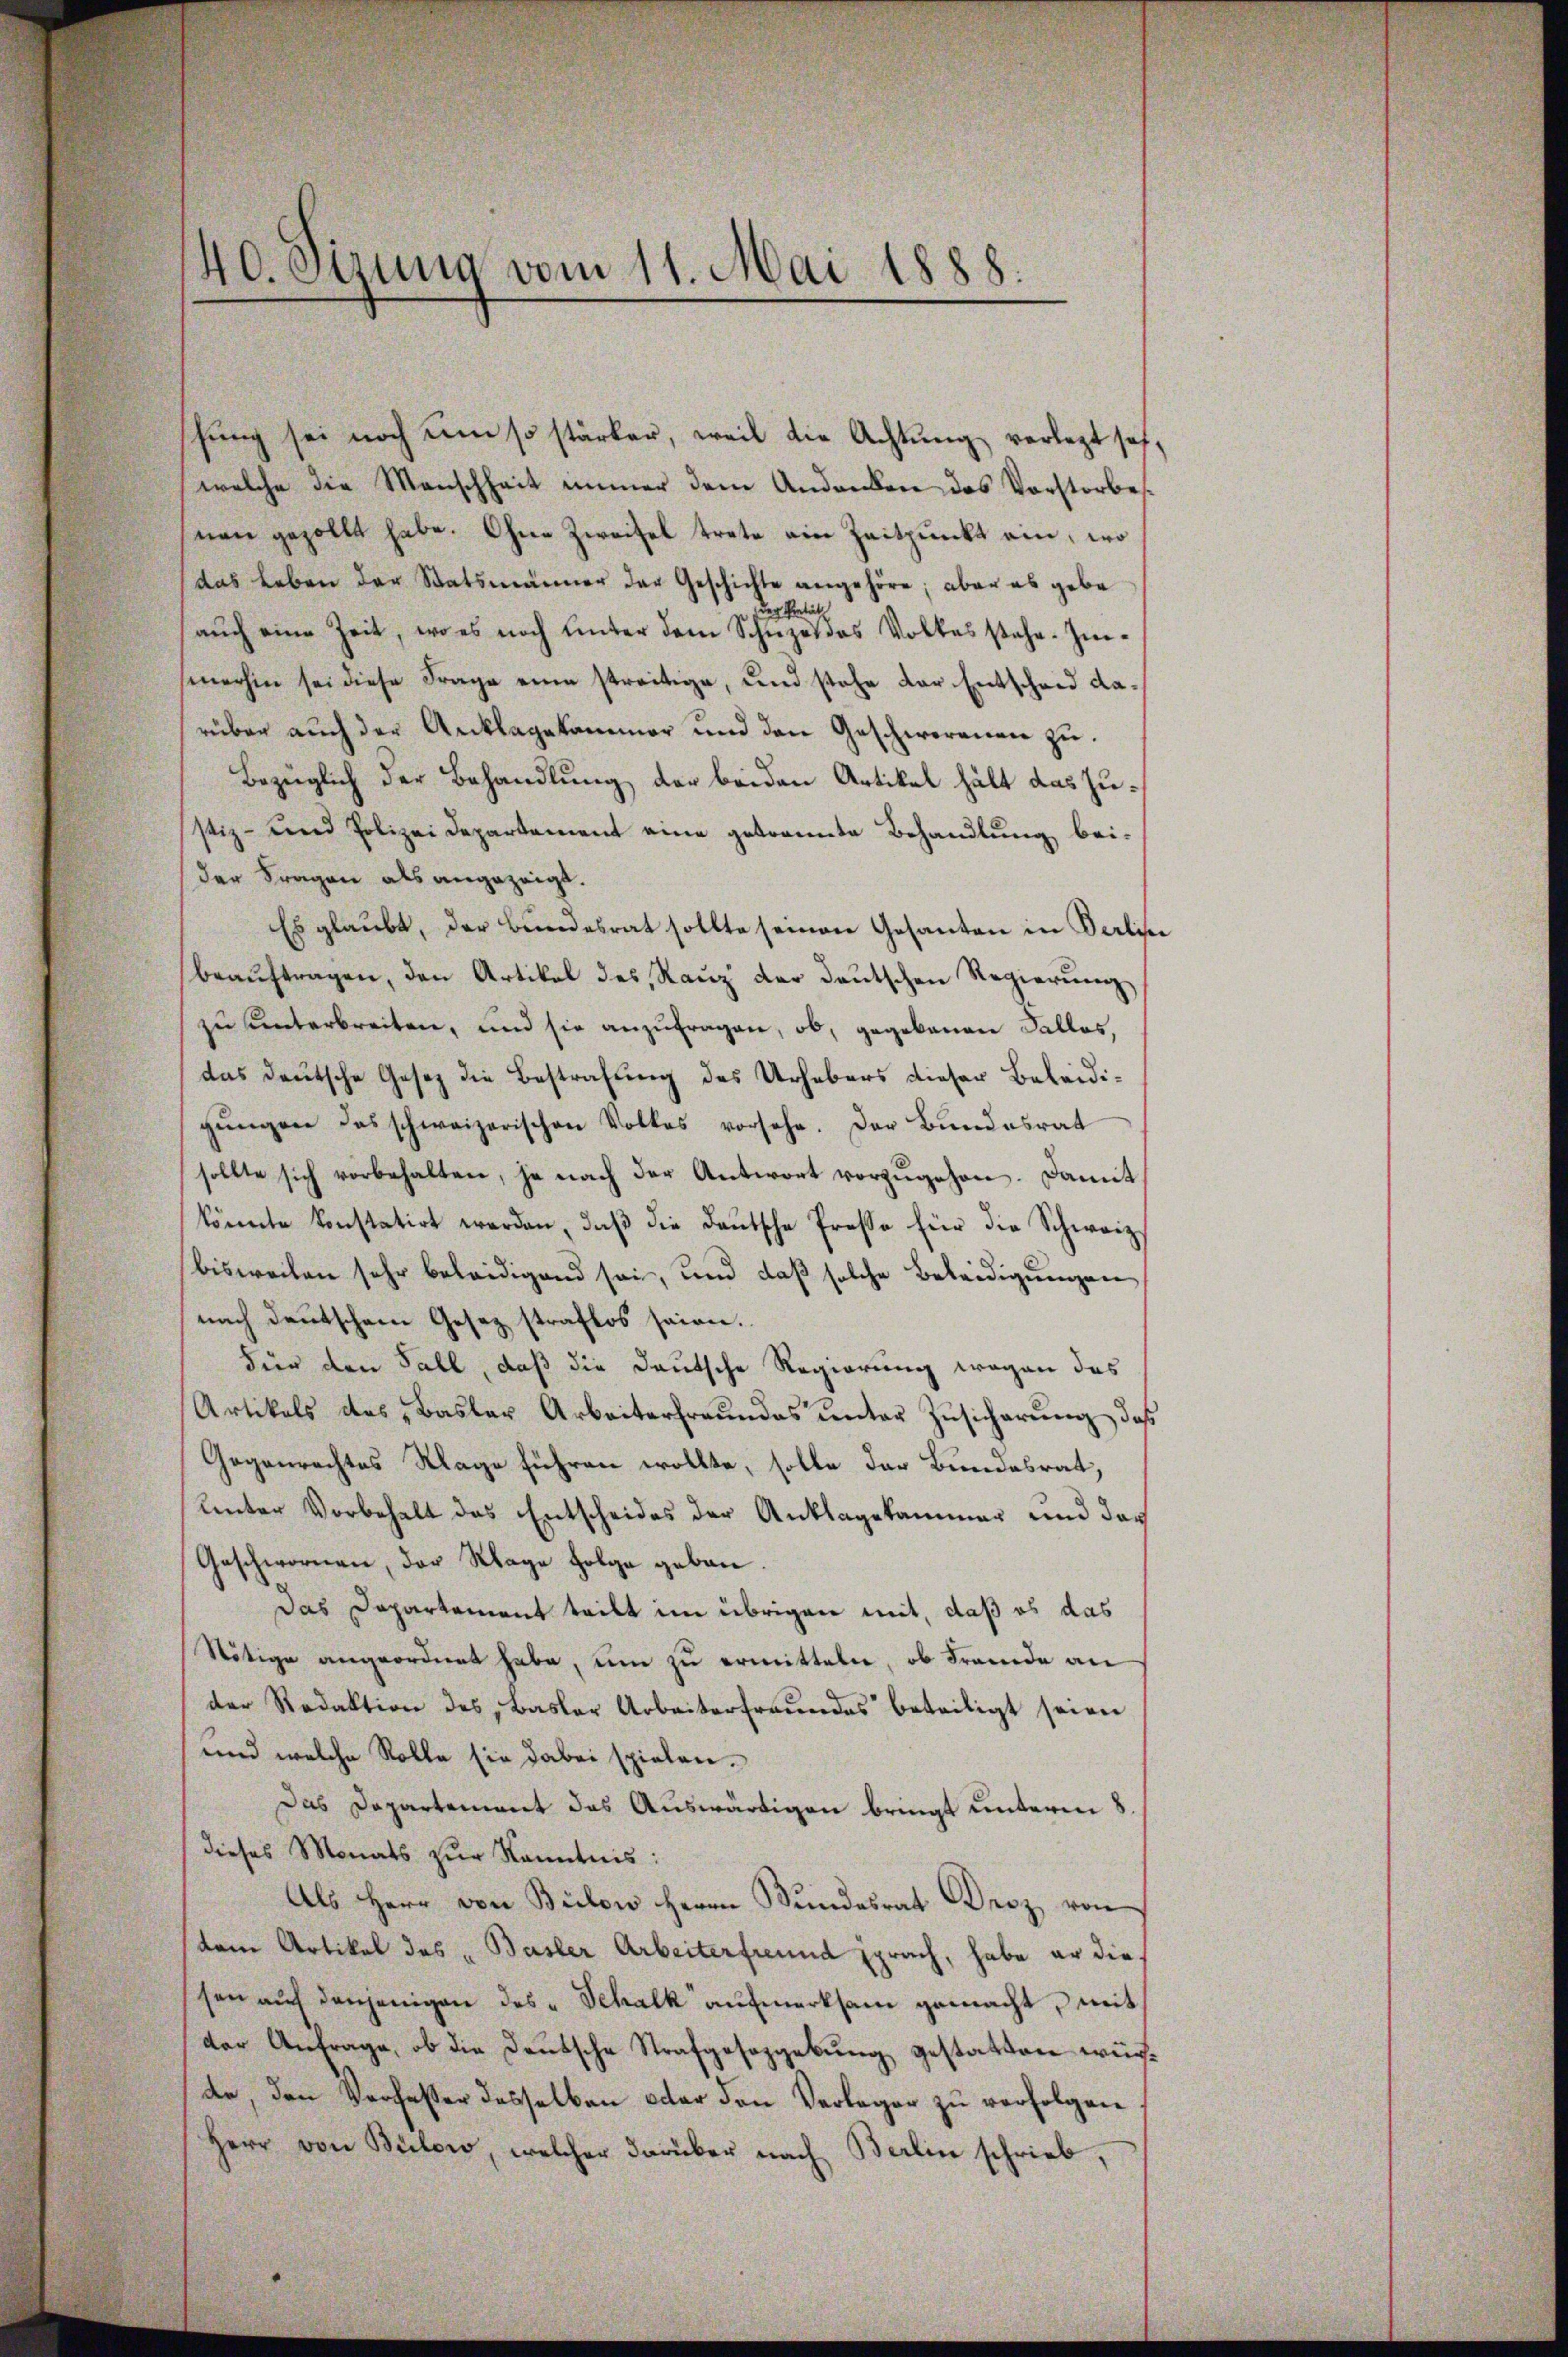
40. Sizung vom 11. Mai 1888.

shung sei noch um so stärker, weil die Achtung verlegt sof
welche die Menschheit immer dem Andanken das Vorstorbesnen gezollt habe. Ohne Zweifel trete ein Zeitpunkt ein, wo
das Leben der Statsmänner der Geschichte angehöre; aber es gebe
d
Petit
aŭch eine Zeit, wo es noch unter dem Schüzes das Volkes stehe. Imsmerhin sei diese Frage eine streitige, und stehe der Entscheid darüber auch der Anklagekammer und den Geschworenen zu.
Bezüglich der Behandlung der beiden Artikel hält das Zustiz- und Polizei Departement eine getrannte Behandlung bei-
der Fragen als angezeigt.
Es glaubt, der Bundesrat sollte seinen Gesanten in Berliser
beauftragen, den Artikel des Rauz der deutschen Regierung
zŭ ŭnterbreiten, und sie anzŭfragen, ob, gegebenen Falles,
das deutsche Gesetz die Bestrafung des Urhebers dieser Beleidigŭngen das schweizerischen Volkes vorsehe. Der Bundesrat
sollte sich vorbehalten, je nach der Antwort vorzugehen. Damit
könnte konstatirt werden, daß die Deutsche Prosse für die Schweiz.
bisweilen sehr beleidigend sei, und daß solche Beleidigungen
nach deutschein Gesez straflos seien.
dier den Fall, daß die Deutsche Regierung wegen das
Artikels des Basler Arbeiterfreundes unter Zusicherung, daß
Gegenrechtes Klage führen wollte, solle das Bundesrat,
Unter Vorbehalt das Entscheides der Anklagekammer und das
Geschwornen, der Klage Folge geben.
Das Departement teilt im übrigen mit, daß es das
Nötige angeordnet habe, um zu ermitteln, ob Fremde an
der Redaktion des Basler Arbeiterfreŭndes beteiligt seien
und welche Rolle sie dabei spielen.
Das Departement das Auswärtigen bringt unterm 8.
dieses Monats zur Kenntnis:
Als Herr von Bilow Herrn Bundesrat Droz von
dem Artikel des „Basler Arbeiterfreund sprach, habe er diesen auf denjenigen des „Schalk aufmerksam gemacht, mit
der Anfrage, ob die Deutsche Strafgeseggebung gestatten würte, den Verfasser desselben oder den Verlager zu verfolgen
Herr von Bülow, welcher darüber nach Berlin schrieb,